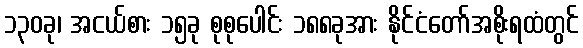
၁၃၀ခု၊ အငယ်စား ၁၅ခု စုစုပေါင်း ၁၈၈ခုအား နိုင်ငံတော်အစိုးရထံတွင်